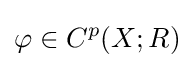
\varphi \in C^{p}(X;R)